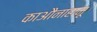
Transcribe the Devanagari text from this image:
काऔनाहामू